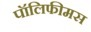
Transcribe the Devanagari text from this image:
पॉलिफीमस